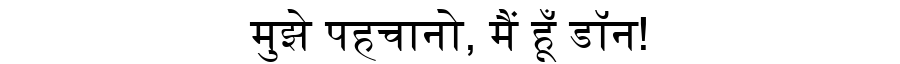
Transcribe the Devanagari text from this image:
मुझे पहचानो, मैं हूँ डॉन!